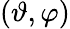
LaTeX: (\vartheta,\varphi)